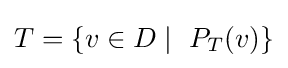
T=\{v\in D\mid \ P_{T}(v)\}